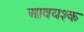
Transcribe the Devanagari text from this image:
आवयश्क